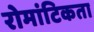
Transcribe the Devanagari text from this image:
रोमांटिकता